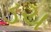
ડચ